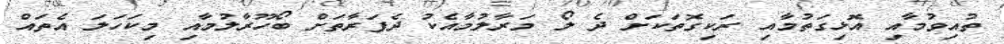
ތުއިވުމާއި އޮޅިގަތުމާއި ރަކިގޮތަކަށް ދެ ލޯ މަރާލުމާއެކު ދެފަރާތަށް ބޯހޫރާލުމާއި މިކަހަލަ އެތައް